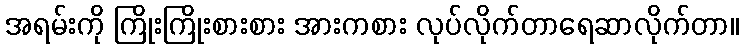
အရမ်းကို ကြိုးကြိုးစားစား အားကစား လုပ်လိုက်တာရေဆာလိုက်တာ။